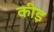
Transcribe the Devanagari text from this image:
कीइ